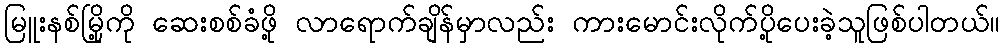
မြူးနစ်မြို့ကို ဆေးစစ်ခံဖို့ လာရောက်ချိန်မှာလည်း ကားမောင်းလိုက်ပို့ပေးခဲ့သူဖြစ်ပါတယ်။